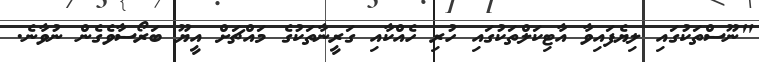
"ނޫސްތަކުގައި ލިޔެފައިވާ އާޓިކަލްތަކުގައި ހުރި ހެއްކާއި ގަރީނާތަކުގެ މައްޗަށް އީޔޫ ބަރޯސާވެގެން ނުވާނެ.